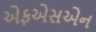
એફએસએન